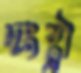
দংষ্ট্রা